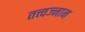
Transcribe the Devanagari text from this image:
तत्त्वज्नान